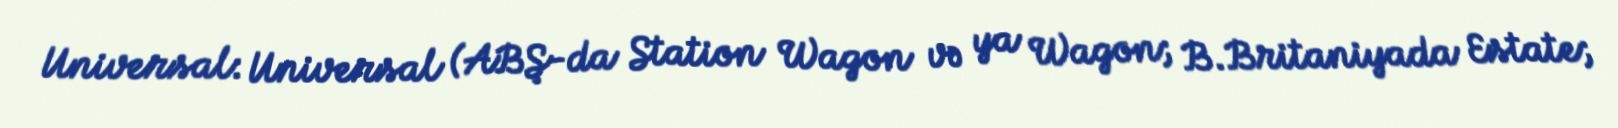
Universal: Universal (ABŞ-da Station Wagon və ya Wagon; B.Britaniyada Estate;